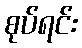
စုပ်ရင်း